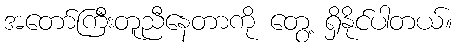
အတော်ကြီးတူညီနေတာကို တွေ့ ရှိနိုင်ပါတယ်။